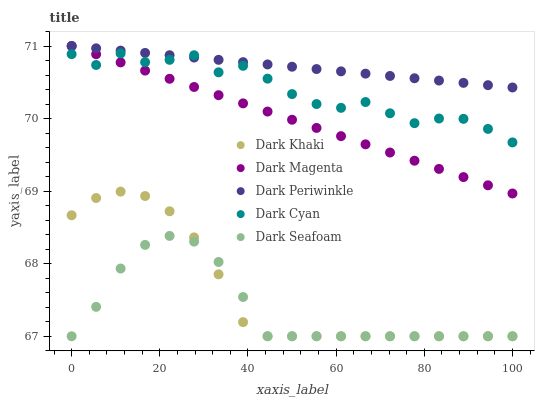
| xaxis_label | Dark Khaki | Dark Magenta | Dark Periwinkle | Dark Cyan | Dark Seafoam |
 | --- | --- | --- | --- | --- | --- |
 | 0 | 68.7 | 71 | 71 | 70.9 | 67 |
 | 5.56 | 68.9 | 70.9 | 71 | 70.7 | 67.4 |
 | 11.1 | 69 | 70.8 | 70.9 | 70.9 | 67.9 |
 | 16.7 | 68.9 | 70.7 | 70.9 | 70.8 | 68.3 |
 | 22.2 | 68.7 | 70.5 | 70.9 | 70.8 | 68.4 |
 | 27.8 | 68.4 | 70.4 | 70.8 | 70.9 | 68.3 |
 | 33.3 | 67.9 | 70.3 | 70.8 | 70.6 | 68 |
 | 38.9 | 67.2 | 70.2 | 70.8 | 70.7 | 67.5 |
 | 44.4 | 67 | 70.1 | 70.7 | 70.6 | 67 |
 | 50 | 67 | 70 | 70.7 | 70.3 | 67 |
 | 55.6 | 67 | 69.9 | 70.7 | 70.2 | 67 |
 | 61.1 | 67 | 69.8 | 70.7 | 70.1 | 67 |
 | 66.7 | 67 | 69.6 | 70.6 | 70.2 | 67 |
 | 72.2 | 67 | 69.5 | 70.6 | 70.1 | 67 |
 | 77.8 | 67 | 69.4 | 70.6 | 69.9 | 67 |
 | 83.3 | 67 | 69.3 | 70.5 | 70 | 67 |
 | 88.9 | 67 | 69.2 | 70.5 | 70 | 67 |
 | 94.4 | 67 | 69.1 | 70.5 | 69.9 | 67 |
 | 100 | 67 | 69 | 70.4 | 69.7 | 67 |